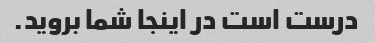
درست است در اینجا شما بروید.